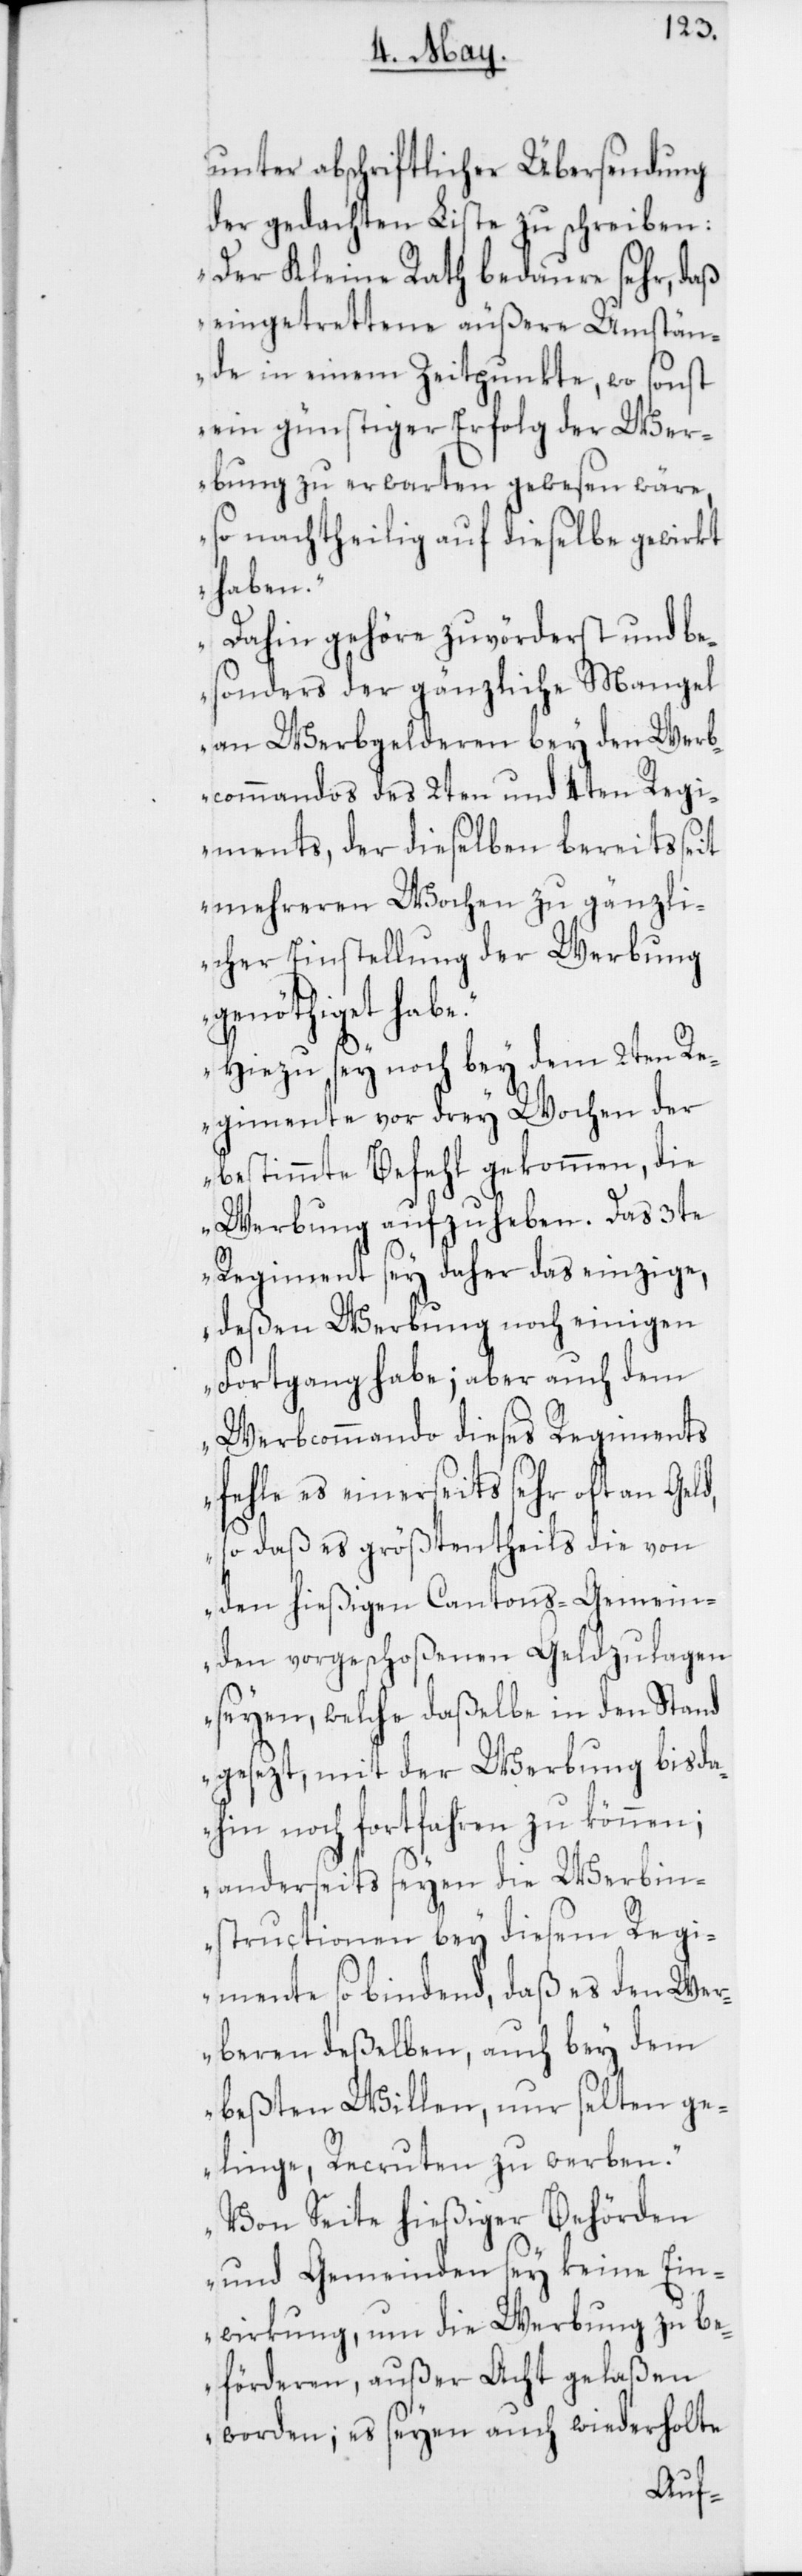
unter abschriftlicher Übersendung
der gedachten Liste zu schreiben:
„Der Kleine Rath bedaure sehr, daß
eingetrettene äußere Umstän¬
de in einem Zeitpunkt, wo sonst
ein günstiger Erfolg der Wer¬
bung zu erwarten gewesen wäre,
so nachtheilig auf dieselbe gewirkt
haben.
Dahin gehöre zuvörderst und be¬
sonders der gänzliche Mangel
an Werbgelderen bey den Werb¬
commandos des 2ten und 4ten Regi¬
ments, der dieselben bereits seit
mehreren Wochen zu gänzli¬
cher Einstellung der Werbung
genöthiget habe.
Hiezu sey noch bey dem 2ten Re¬
gimente vor drey Wochen der
bestimmte Befehl gekommen, die
Werbung aufzuheben. Das 3te
Regiment sei daher das einzige,
deßen Werbung noch einigen
Fortgang habe; aber auch dem
Werbcommando dieses Regiments
fehle es einerseits sehr oft an Geld,
sodaß es größtentheils die von
den hießigen Cantons-Gemein¬
den vorgeschoßenen Geldzulagen
seyen, welche daßelbe in den Stand
gesezt, mit der Werbung bis da¬
hin noch fortfahren zu können;
anderseits seyen die Werbin¬
structionen bey diesem Regi¬
mente so bindend, daß es den Wer¬
beren deßelben, auch bey dem
besten Willen, nur selten ge¬
linge, Recruten zu werben.
Von Seite hießiger Behörden
und Gemeinden sei keine Ein¬
wirkung, um die Werbung zu be¬
förderen, außer Acht gelaßen
worden; es seyen auch wiederholte